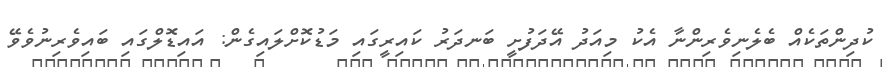
ކުދިންތަކެއް ބެލެނިވެރިންނާ އެކު މިއަދު އޭދަފުށީ ބަނދަރު ކައިރީގައި މަޑުކޮށްލައިގެން: އައިޑޮލްގައި ބައިވެރިނުވެވޭ